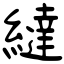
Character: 繨